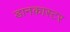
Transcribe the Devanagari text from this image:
डानकास्टर